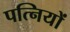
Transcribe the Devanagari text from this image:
पत्‍िनयों